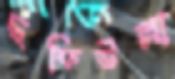
ছফিউল্লা